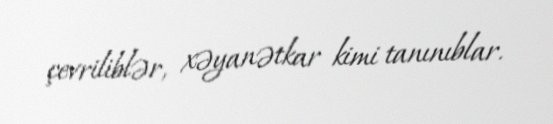
çevriliblər, xəyanətkar kimi tanınıblar.